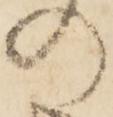
の